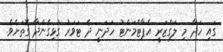
ގައި ހަދާ މި ލަގްޒަރީ އެޕާޓްމަންޓު ހަދަނީ ދެ ޓަވަރު ގުޅިގެންދާ ގޮތަށެވެ.